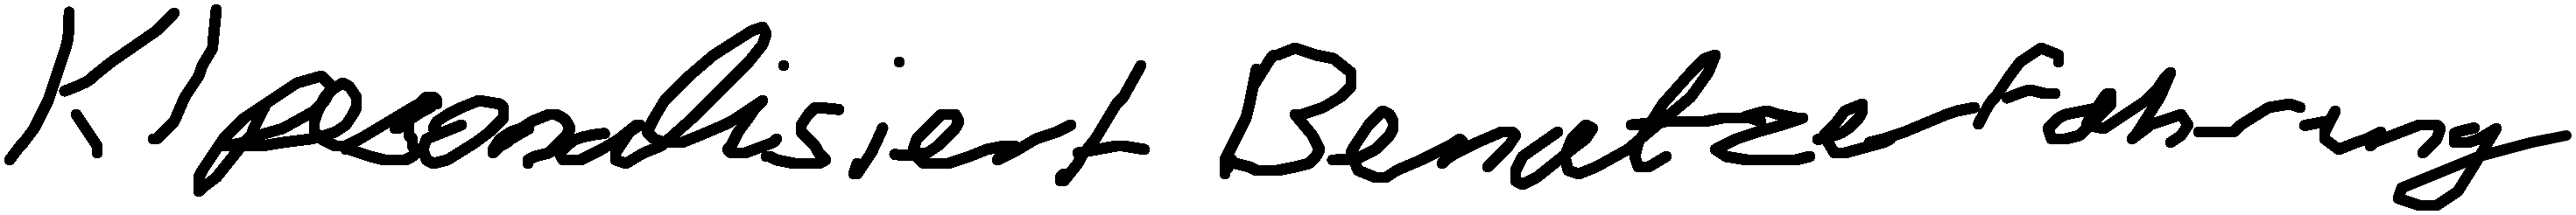
KI personalisiert Benutzererfahrung.